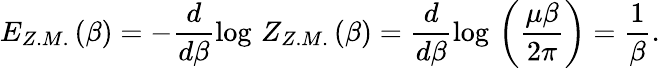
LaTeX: E_{Z.M.}\left(\beta\right)=-\frac{d}{d\beta}\log\, Z_{Z.M.}\left(\beta\right)=\frac{d}{d\beta}\log\, \left(\frac{\mu\beta}{2\pi}\right)=\frac{1}{\beta}.